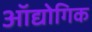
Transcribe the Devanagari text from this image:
ऑद्योगिक